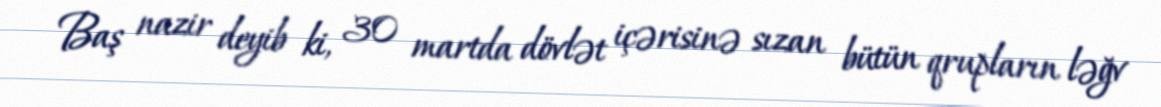
Baş nazir deyib ki, 30 martda dövlət içərisinə sızan bütün qrupların ləğv